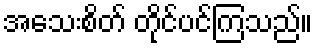
အသေးစိတ် တိုင်ပင်ကြသည်။